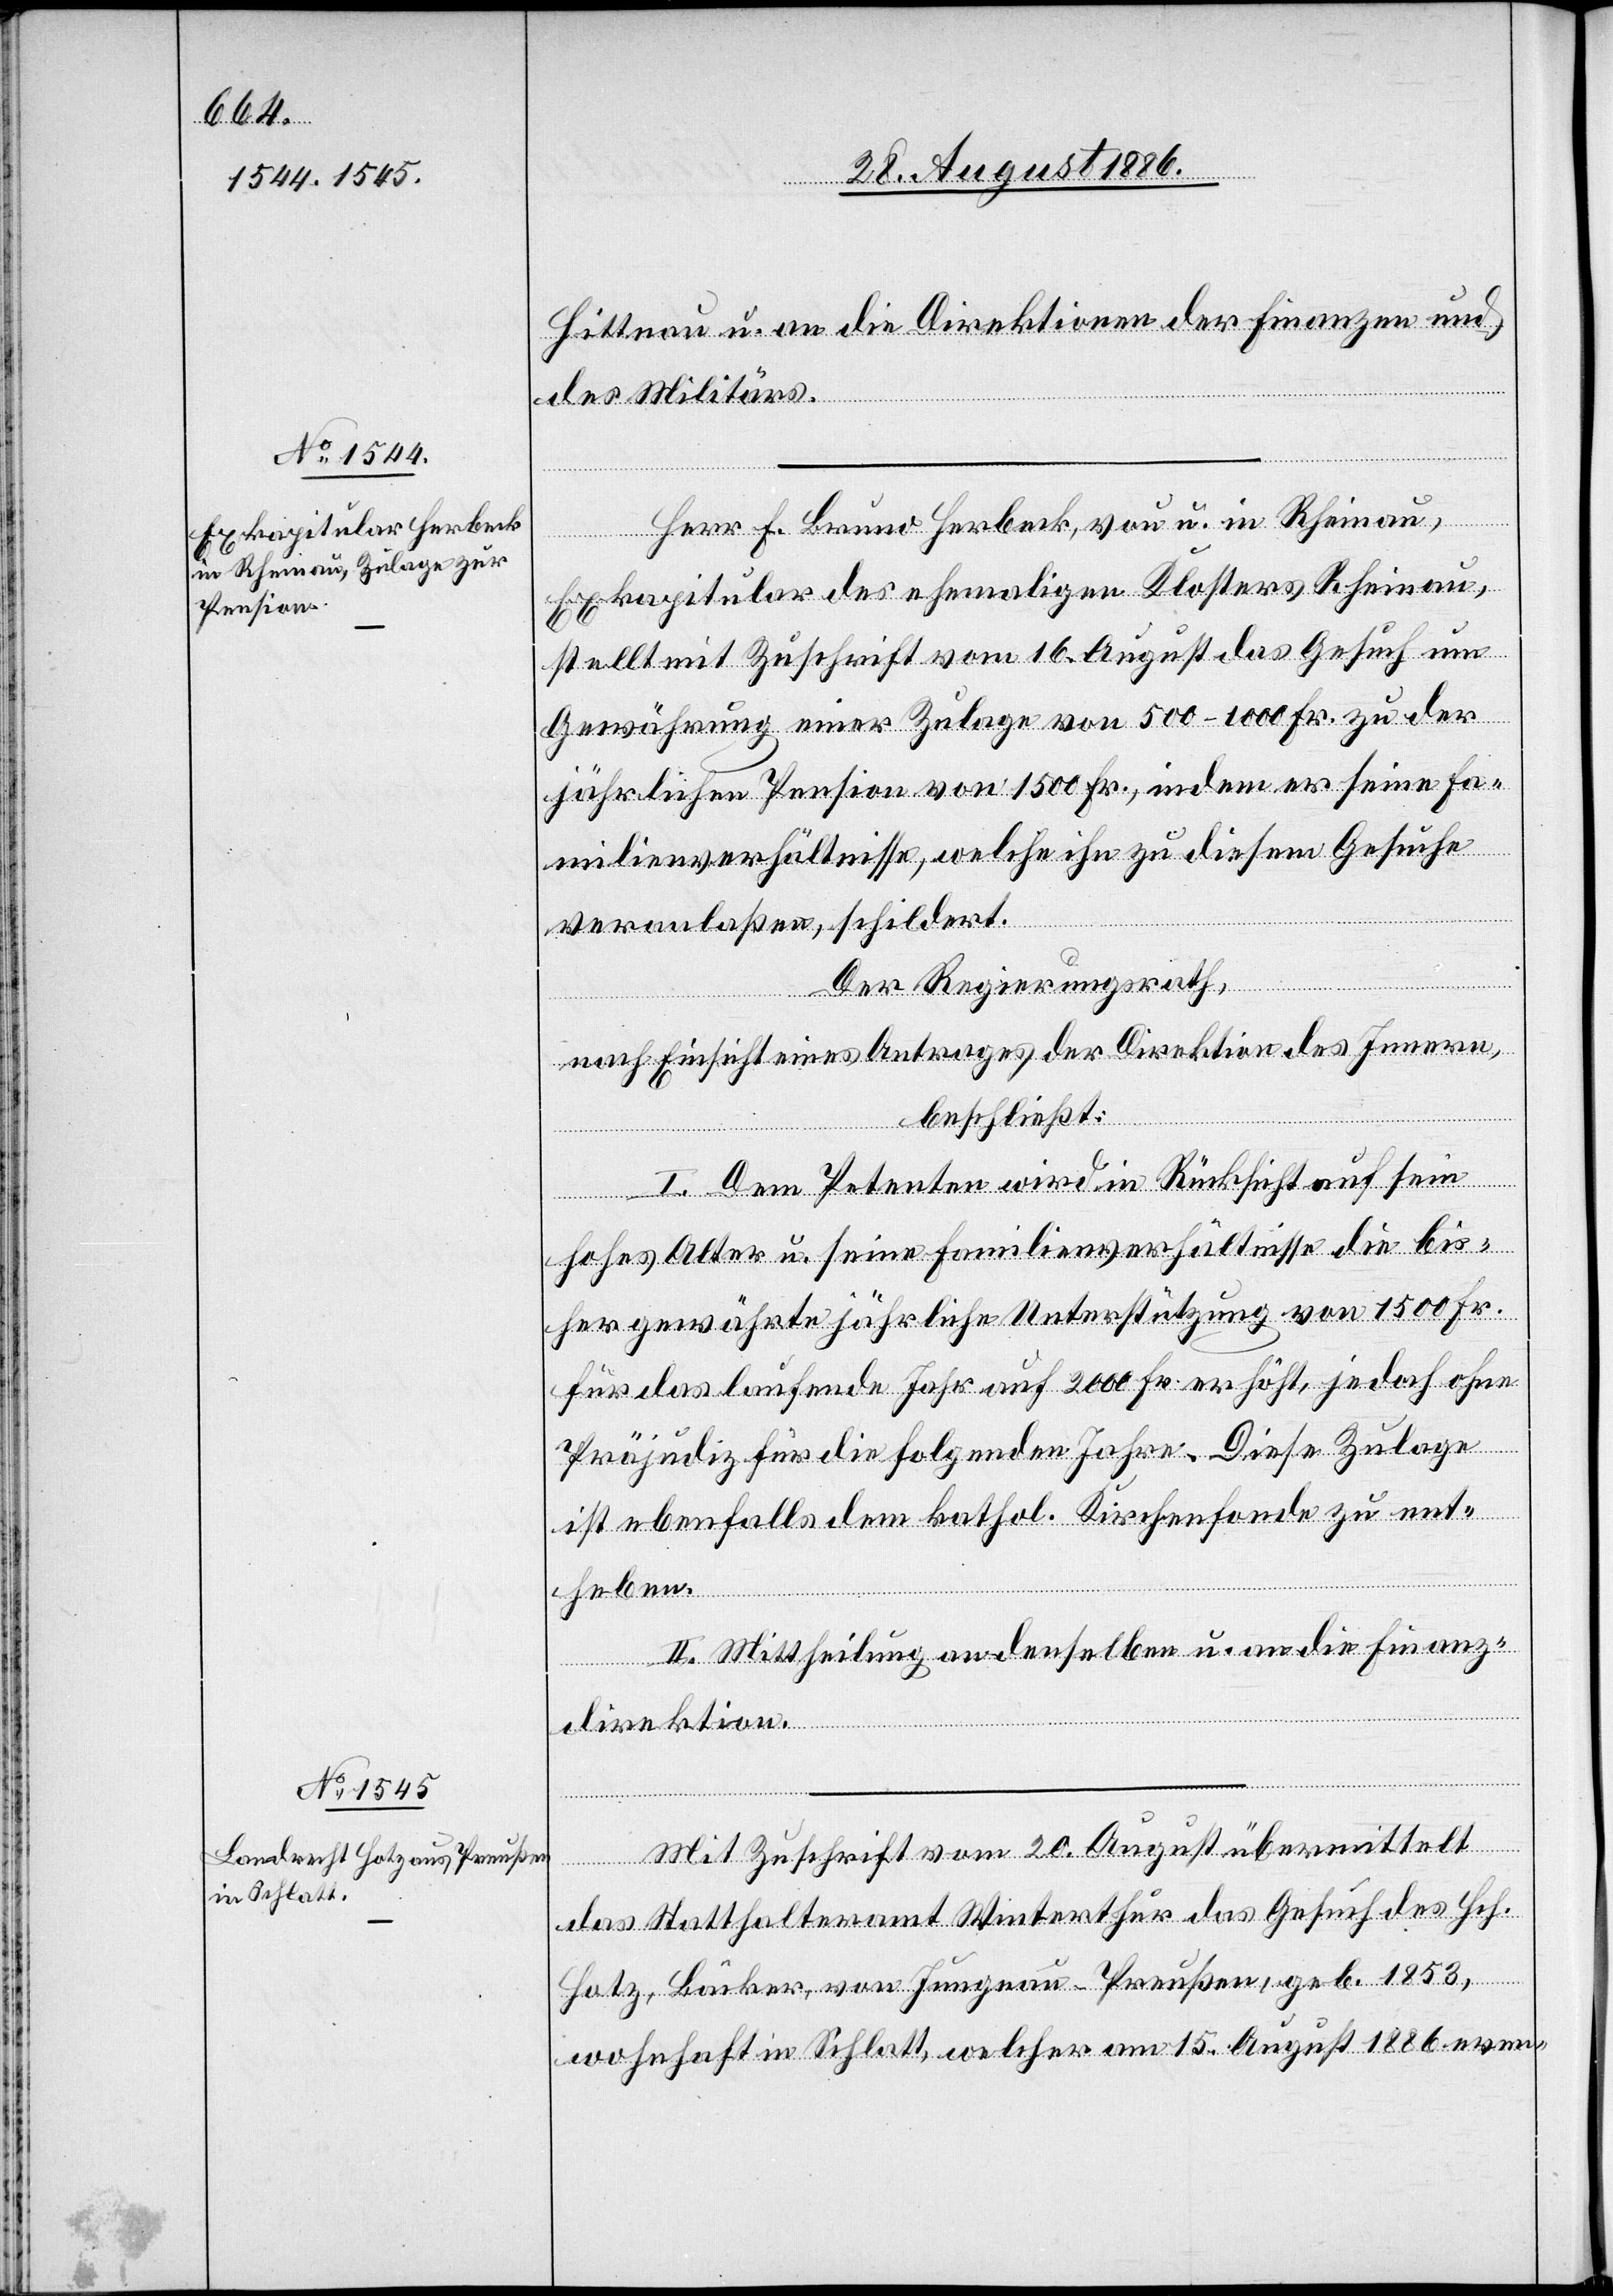
Hittnau u. an die Direktionen der Finanzen und
des Militärs.
Herr F. Bruno Herbeck, von u. in Rheinau,
Exkapitular des ehemaligen Klosters Rheinau,
stellt mit Zuschrift vom 16. August das Gesuch um
Gewährung einer Zulage von 500–1000 Fr. zu der
jährlichen Pension von 1500 Fr., indem er seine Fa¬
milienverhältnisse, welche ihn zu diesem Gesuche
veranlaßen, schildert.
Der Regierungsrath,
nach Einsicht eines Antrages der Direktion des Innern,
beschließt:
I. Dem Petenten wird mit Rücksicht auf sein
hohes Alter u. seine Familienverhältnisse die bis¬
her gewährte jährliche Unterstützung von 1500 Fr.
für das laufende Jahr auf 2000 Fr. erhöht, jedoch ohne
Präjudiz für die folgenden Jahre. Diese Zulage
ist ebenfalls dem kathol. Kirchenfonde zu ent¬
heben.
II. Mittheilung an denselben u. an die Finanz¬
direktion.
Mit Zuschrift vom 20. August übermittelt
das Statthalteramt Winterthur das Gesuch des Hch.
Hotz, Bäcker, von Jungnau - Preußen, geb. 1853,
wohnhaft in Schlatt, welcher am 15. August 1886 even-